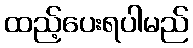
ထည့်ပေးရပါမည်